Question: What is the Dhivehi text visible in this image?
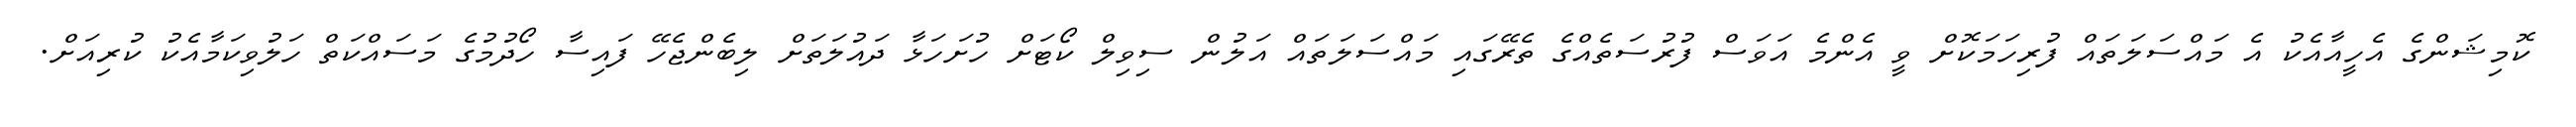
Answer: ކޮމިޝަންގެ އެހީއާއެކު އެ މައްސަލަތައް ފުރިހަމަކޮށް ވީ އެންމެ އަވަސް ފުރުސަތެއްގެ ތެރޭގައި މައްސަލަތައް އަލުން ސިވިލް ކޯޓަށް ހުށަހަޅާ ދައުލަތަށް ލިބެންޖެހޭ ފައިސާ ހޯދުމުގެ މަސައްކަތް ހަލުވިކަމާއެކު ކުރިއަށް.